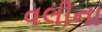
વલીના